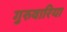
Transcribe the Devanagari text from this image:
गुरुवारिया